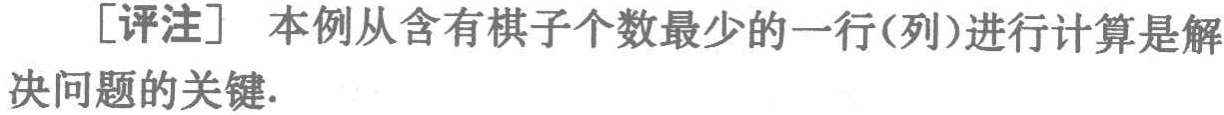
[评注] 本例从含有棋子个数最少的一行(列)进行计算是解决问题的关键.